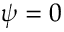
\psi = 0